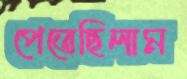
পেতেছিলাম